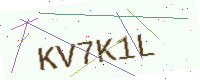
Text: KV7K1L